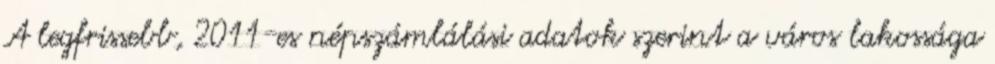
A legfrissebb, 2011-es népszámlálási adatok szerint a város lakossága